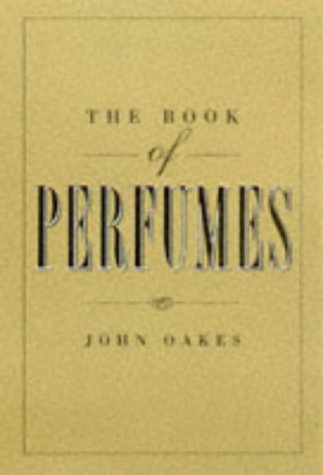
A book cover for The Book of Perfumes; John Oakes; Health, Fitness & Dieting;